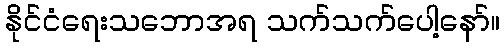
နိုင်ငံရေးသဘောအရ သက်သက်ပေါ့နော်။